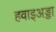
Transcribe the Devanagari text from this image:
हवाइअड्डा